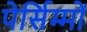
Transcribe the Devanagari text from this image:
पेर्सिम्मों